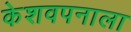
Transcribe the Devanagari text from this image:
केशवपनाला